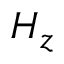
H _ { z }